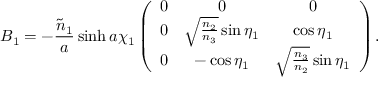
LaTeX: B _ { 1 } = - \frac { \tilde { n } _ { 1 } } { a } \sinh { a \chi _ { 1 } } \left( \begin{array} { c c c } { { 0 } } & { { 0 } } & { { 0 } } \\ { { 0 } } & { { \sqrt { \frac { n _ { 2 } } { n _ { 3 } } } \sin { \eta _ { 1 } } } } & { { \cos { \eta _ { 1 } } } } \\ { { 0 } } & { { - \cos { \eta _ { 1 } } } } & { { \sqrt { \frac { n _ { 3 } } { n _ { 2 } } } \sin { \eta _ { 1 } } } } \end{array} \right) .